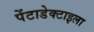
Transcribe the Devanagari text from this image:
पेंटाडेक्टाइला